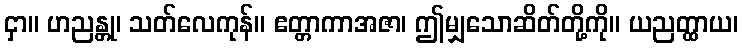
ငှာ။ ဟညန္တု၊ သတ်လေကုန်။ ဧတ္တာကာအဇာ၊ ဤမျှသောဆိတ်တို့ကို။ ယညတ္ထာယ၊